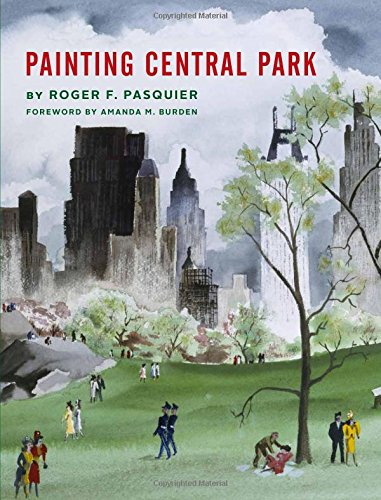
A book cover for Painting Central Park; Roger Pasquier; Arts & Photography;